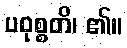
ပဝုစ္စတိ၊ ၏။